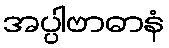
အပ္ပါဗာဓာနံ